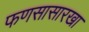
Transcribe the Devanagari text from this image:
फणसासारखा